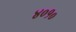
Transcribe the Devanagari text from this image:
४०१०